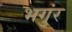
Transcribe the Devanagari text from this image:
भगुंर